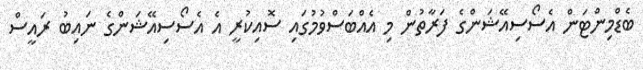
ބެޑްމިންޓަން އެސޯސިއޭޝަންގެ ފަރާތުން މި އެއްބަސްވުމުގައި ސޮއިކުރީ އެ އެސޯސިއޭޝަންގެ ނައިބު ރައީސް